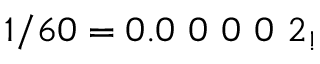
1 / 6 0 = 0 . 0 \ 0 \ 0 \ 0 \ 2 _ { ! }